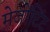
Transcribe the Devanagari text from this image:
मेजोंटिंट